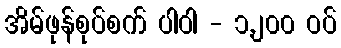
အိမ်ဖုန်စုပ်စက် ပါဝါ - ၁,၂၀၀ ဝပ်